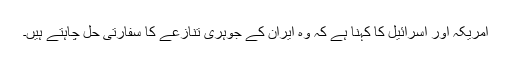
امریکہ اور اسرائیل کا کہنا ہے کہ وہ ایران کے جوہری تنازعے کا سفارتی حل چاہتے ہیں۔